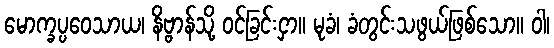
မောက္ခပ္ပဝေသာယ၊ နိဗ္ဗာန်သို့ ဝင်ခြင်းငှာ။ မုခံ၊ ခံတွင်းသဖွယ်ဖြစ်သော။ ဝါ၊